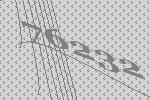
76232